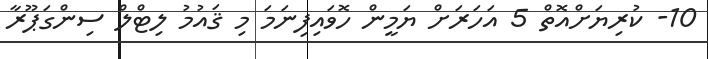
10- ކުރިޔަށްއޮތް 5 އަހަރަށް ޔަމީން ހޮވައިފިނަމަ މި ޤައުމު ލިޓްލް ސިންގަޕޫރާ